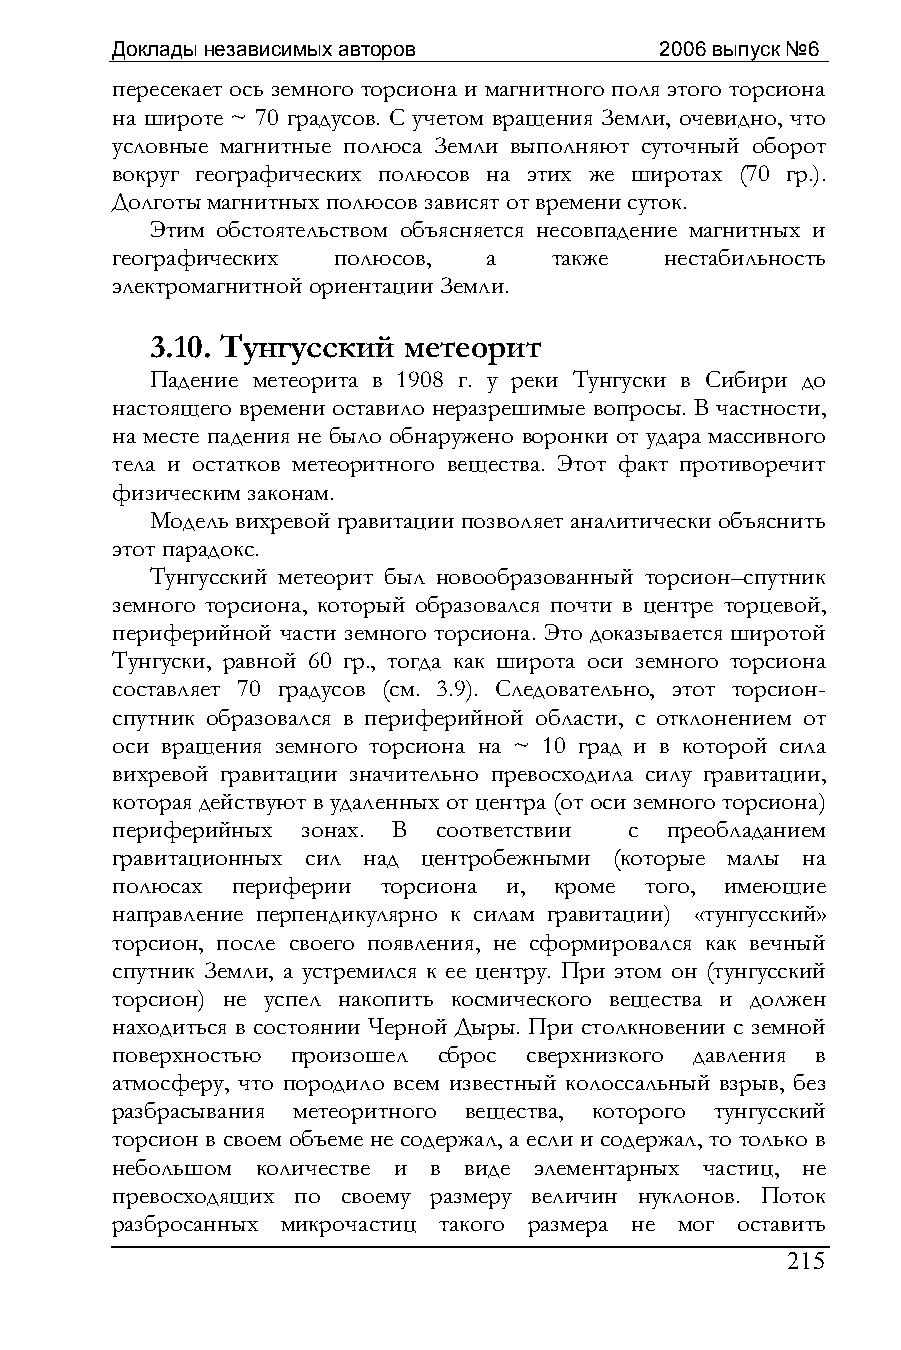
Доклады независимых авторов          2006 выпуск №6
 пересекает ось земного торсиона и магнитного поля этого торсиона
 на широте ~ 70 градусов. С учетом вращения Земли, очевидно, что
 условные магнитные полюса Земли выполняют суточный оборот
 вокруг географических полюсов на этих же широтах (70 гр.).
 Долготы магнитных полюсов зависят от времени суток.
 Этим обстоятельством объясняется несовпадение магнитных и
 географических полюсов,  а   также   нестабильность
 электромагнитной ориентации Земли.
 3.10. Тунгусский метеорит
 Падение метеорита в 1908 г. у реки Тунгуски в Сибири до
 настоящего времени оставило неразрешимые вопросы. В частности,
 на месте падения не было обнаружено воронки от удара массивного
 тела и остатков метеоритного вещества. Этот факт противоречит
 физическим законам.
 Модель вихревой гравитации позволяет аналитически объяснить
 этот парадокс.
 Тунгусский метеорит был новообразованный торсион–спутник
 земного торсиона, который образовался почти в центре торцевой,
 периферийной части земного торсиона. Это доказывается широтой
 Тунгуски, равной 60 гр., тогда как широта оси земного торсиона
 составляет 70 градусов (см. 3.9). Следовательно, этот торсион-
 спутник образовался в периферийной области, с отклонением от
 оси вращения земного торсиона на ~ 10 град и в которой сила
 вихревой гравитации значительно превосходила силу гравитации,
 которая действуют в удаленных от центра (от оси земного торсиона)
 периферийных зонах. В соответствии с преобладанием
 гравитационных сил над центробежными (которые малы на
 полюсах периферии торсиона и, кроме того, имеющие
 направление перпендикулярно к силам гравитации) «тунгусский»
 торсион, после своего появления, не сформировался как вечный
 спутник Земли, а устремился к ее центру. При этом он (тунгусский
 торсион) не успел накопить космического вещества и должен
 находиться в состоянии Черной Дыры. При столкновении с земной
 поверхностью произошел сброс сверхнизкого давления в
 атмосферу, что породило всем известный колоссальный взрыв, без
 разбрасывания метеоритного вещества, которого тунгусский
 торсион в своем объеме не содержал, а если и содержал, то только в
 небольшом количестве и в виде элементарных частиц, не
 превосходящих по своему размеру величин нуклонов. Поток
 разбросанных микрочастиц такого размера не мог оставить
 215